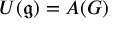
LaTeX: U ( { \mathfrak { g } } ) = A ( G )